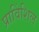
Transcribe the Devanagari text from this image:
प्राविंशिल